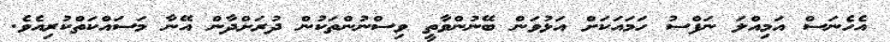
އެހެނަސް އަމިއްލަ ނަފްސު ހަމައަކަށް އަޅުވަން ބޭނުންވާތީ ވިސްނުންތަކުން ދުރަށްދާން އޭނާ މަސައްކަތްކުރިއެވެ.